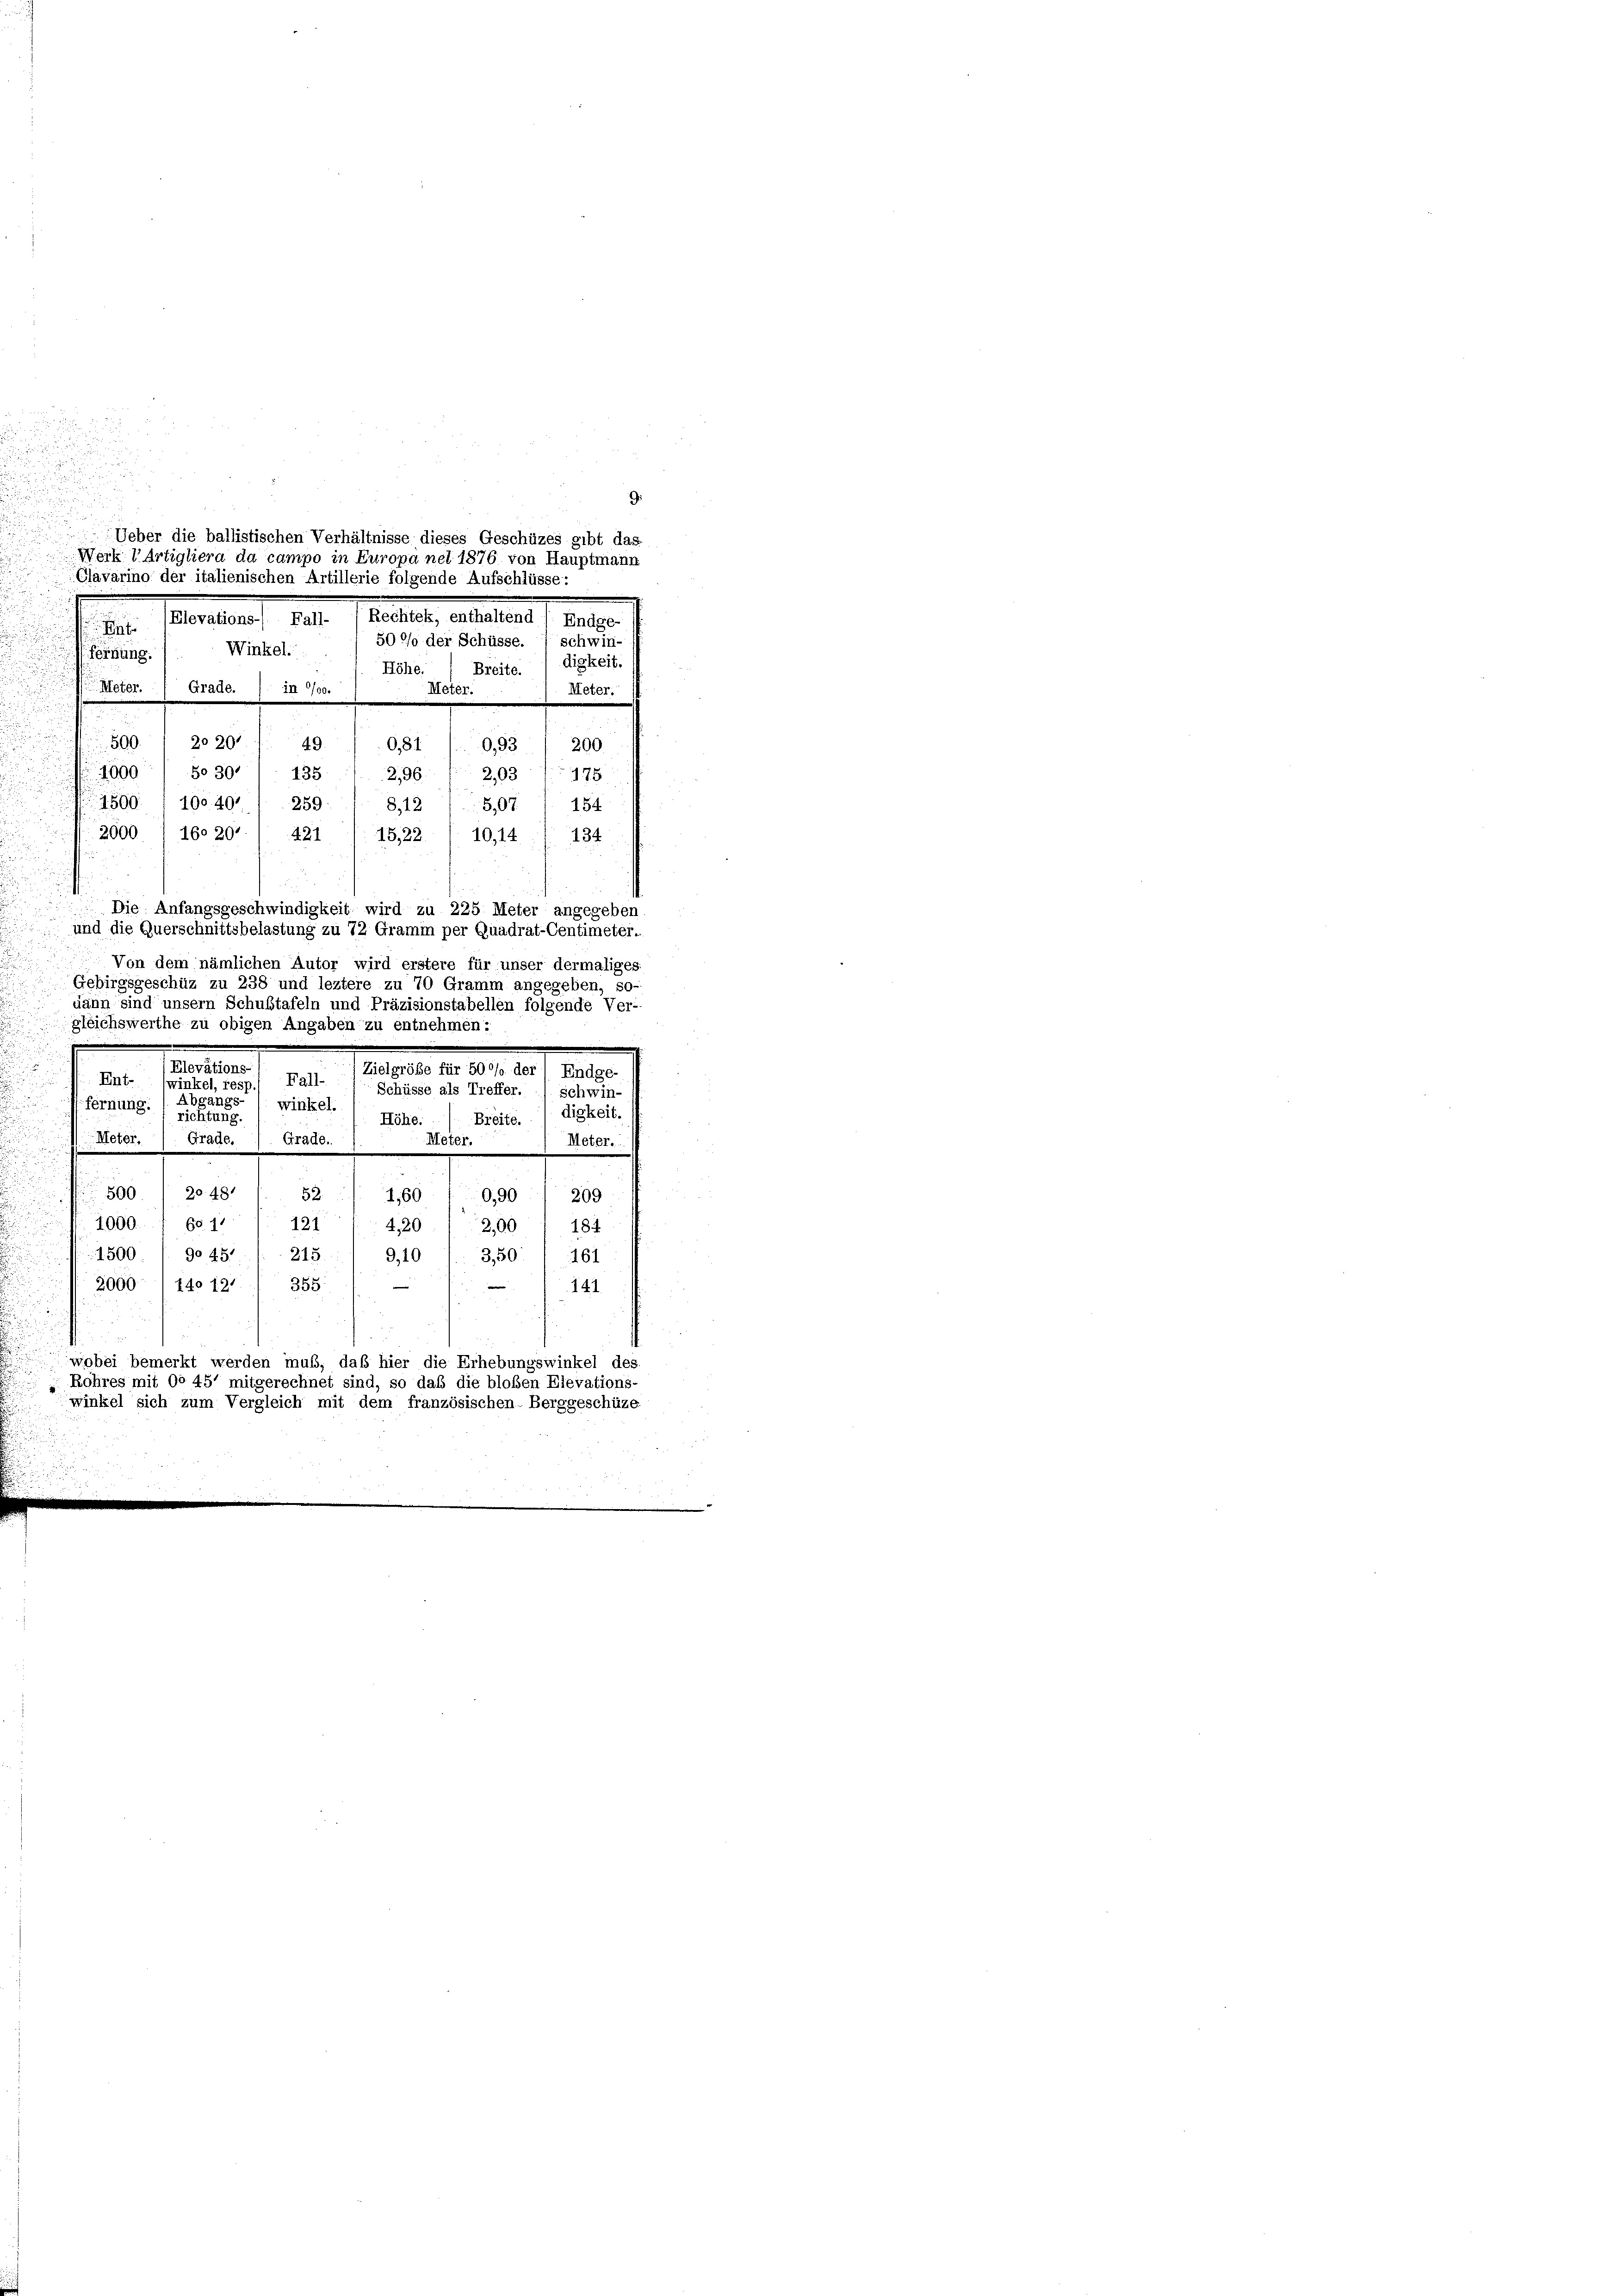
u
.
G
u
Ueber die ballistischen Verhältnisse dieses Geschüzes gibt das
Werk 1 Artigliera da campo in Europa net 1876 von Hauptmann
Clavarino der italienischen Artillerie folgende Aufschlüsse:
Rechtek, enthaltend / Endge
Elevations- Fall-

.
50 °/o der Schüsse. 1 schwin-
Winkel.
fernung.
digkeit.
Höhe. ( Breite.
Meter. Grade.
Meter.
Meter.
in 0/00.
500. 2020
490,81
0,93
200.
1600 / So 301. 135 / 296 ( 2,03 (175
1500. 1 190. 401 1 259: 1 812
5,07 1. 154
2000 / 16. 207. / 421
15,22.
10,14134
Die Anfangsgeschwindigkeit wird zu 225 Meter angegeben,
und die Querschnittsbelastung zu 72 Gramm per Quadrat-Centimeter.
Von dem nämlichen Autor wird erstere für unser dermaliges.
Gebirgsgeschüz zu 238 und leztere zu 70 Gramm angegeben, so-
dann sind unsern Schultafeln und Präzisionstabellen folgende Ver-
gleichswerthe zu obigen Angaben zu entnehmen:
.
Elevations-
Zielgröße für 50% der Endge-
Fall-
Ent- (winkel, res
Schüsse als Treffer.
Schwin-
Abgangs- winkel.
fernung. ( richtung.
digkeit.
Breite.
Höhe.
Meter,
Meter.
Grade. ). Grade. 1
Meter...........
500 / 20 481
52.
1,60 10,90 1 209
1000. 1 60 11
121
4,20
2,001 184
1500. /. 90 451 (: 215 :/ 9,10 /: 3,50: / 161
2000 (14012 1 355
141
wobei bemerkt werden muß, daß hier die Erhebungswinkel des
Rohres mit 00 457 mitgerechnet sind, so daß die bloßen Elevations-
winkel sich zum Vergleich mit dem französischen. Berggeschüze

u
e